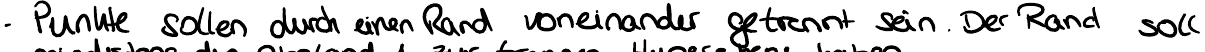
Punkte sollen durch einen Rand voneinander getrennt sein.  Der Rand soll